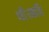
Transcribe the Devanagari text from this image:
थी।कवि